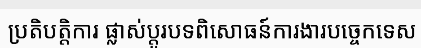
ប្រតិបត្តិការ ផ្លាស់ប្តូរបទពិសោធន៍ការងារបច្ចេកទេស